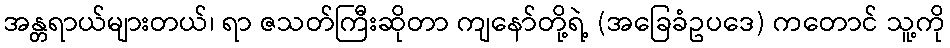
အန္တရာယ်များတယ်၊ ရာ ဇသတ်ကြီးဆိုတာ ကျနော်တို့ရဲ့ (အခြေခံဥပဒေ) ကတောင် သူ့ကို